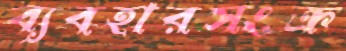
ব্যবহারসংক্র